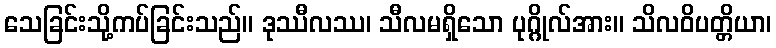
သေခြင်းသို့ကပ်ခြင်းသည်။ ဒုဿီလဿ၊ သီလမရှိသော ပုဂ္ဂိုလ်အား။ သိလဝိပတ္တိယာ၊